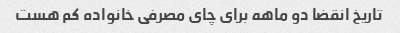
تاریخ انقضا دو ماهه برای چای مصرفی خانواده کم هست